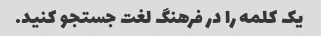
یک کلمه را در فرهنگ لغت جستجو کنید.